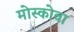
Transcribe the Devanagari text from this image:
मोस्कोवा